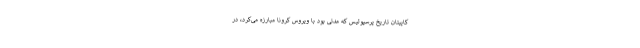
کاپیتان تاریخ پرسپولیس که مدتی بود با ویروس کرونا مبارزه می‌کرد، در